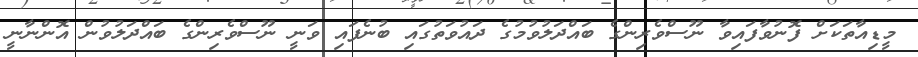
މީޑިއާތަކަށް ފޮނުވާފައިވާ ނޫސްވެރިންގެ ބައްދަލުވުމުގެ ދައުވަތުގައި ބުނެފައި ވަނީ ނޫސްވެރިންގެ ބައްދަލުވުން އޮންނާނީ